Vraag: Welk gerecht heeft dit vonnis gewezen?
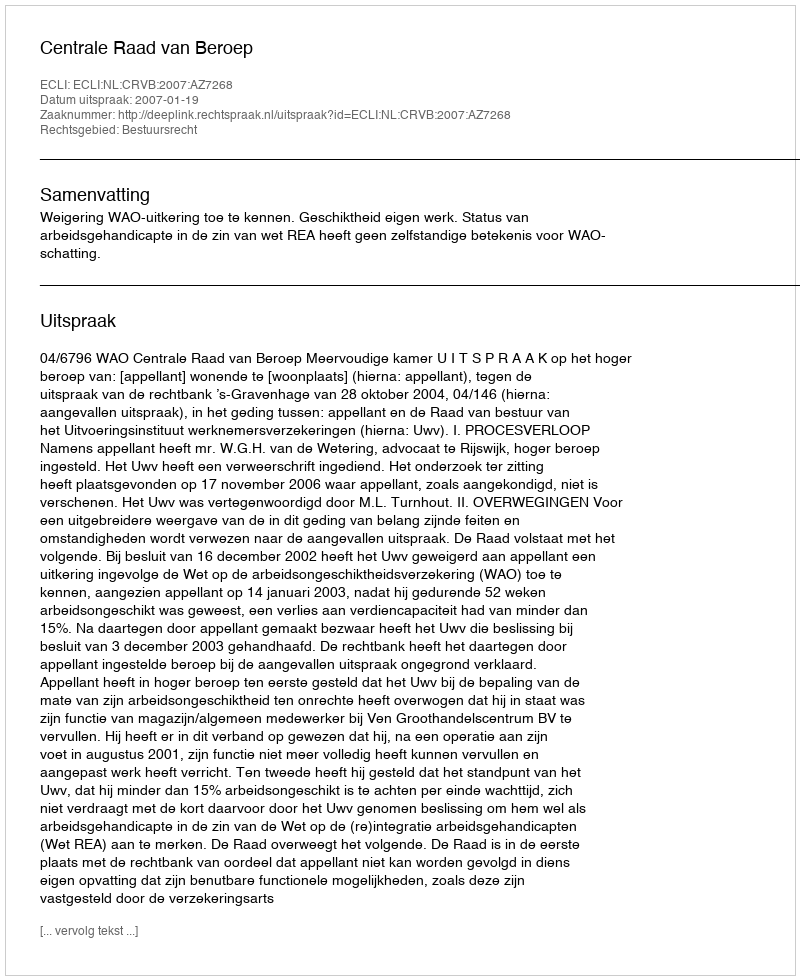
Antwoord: Centrale Raad van Beroep